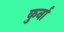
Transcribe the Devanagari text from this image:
कुर्ना